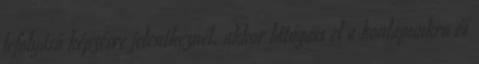
lefolyású képzésre jelentkeznél, akkor látogass el a honlapunkra és